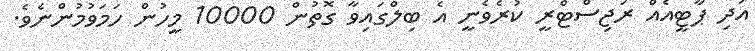
އަދި ޕާޓީއެއް ރަޖިސްޓްރީ ކުރެވެނީ އެ ބިލްގައިވާ ގޮތުން 10000 މީހުން ހަމަވުމުންނެވެ.